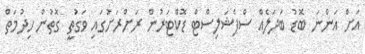
އަށް އަންނަ ބޮޑު ބަދަލެއް ސްޕެޝަލިސްޓް ޑޮކްޓަރުން ރަށްރަށުގައި ވަގުތީ ގޮތުން ހިދުމަތް